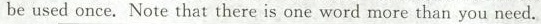
be used once. Note that there is one word more than you need.